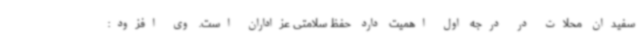
سفیدان محلات در درجه اول اهمیت دارد حفظ سلامتی عزاداران است. وی افزود: